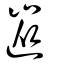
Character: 嵸